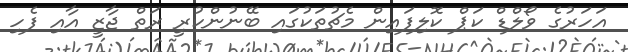
އަހަރުގެ ވޯލްޑް ކަޕް ކޮލިފައިން މެޗުތަކުގައި ބޭނުންކުރީ ރަތް ޖާޒީ އާއި ފެހި